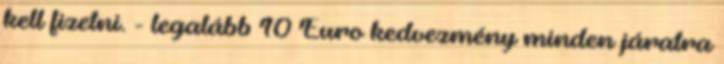
kell fizetni. - legalább 10 Euro kedvezmény minden járatra